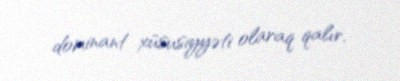
dominant xüsusiyyəti olaraq qalır.